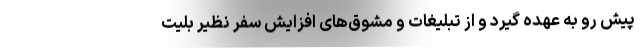
پیش ‌رو به عهده گیرد و از تبلیغات و مشوق‌های افزایش سفر نظیر بلیت